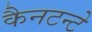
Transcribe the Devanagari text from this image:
कैनटन्टे